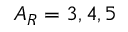
A _ { R } = 3 , 4 , 5